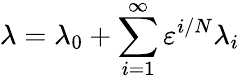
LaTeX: \lambda=\lambda_{0}+\sum_{i=1}^{\infty}\varepsilon^{i/N}\lambda_{i}